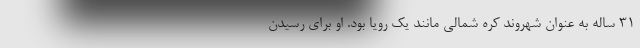
31 ساله به عنوان شهروند کره شمالی مانند یک رویا بود. او برای رسیدن